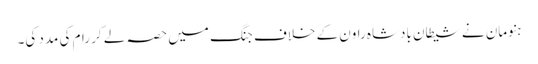
ہنومان نے شیطان بادشاہ راون کے خلاف جنگ میں حصہ لے کر رام کی مدد کی۔